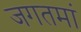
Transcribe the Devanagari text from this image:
जगतमां